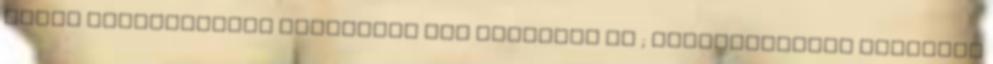
banki átutalásának másolatát nem fogadják el ; meghatározott tartalmú